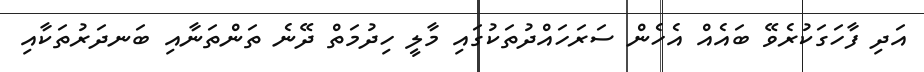
އަދި ފާހަގަކުރެވޭ ބައެއް އެހެން ސަރަހައްދުތަކުގައި މާލީ ހިދުމަތް ދޭނެ ތަންތަނާއި ބަނދަރުތަކާއި